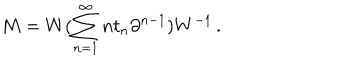
M = W ( \sum _ { n = 1 } ^ { \infty } n t _ { n } \partial ^ { n - 1 } ) W ^ { - 1 } \, .